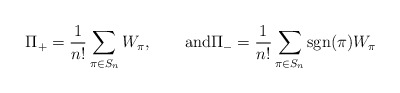
\begin{align*}\Pi_+=\frac{1}{n!}\sum_{\pi\in S_n}{W_\pi},\qquad\mathrm{and}\Pi_- =\frac{1}{n!}\sum_{\pi\in S_n}{\mathrm{sgn}(\pi) W_\pi}\end{align*}